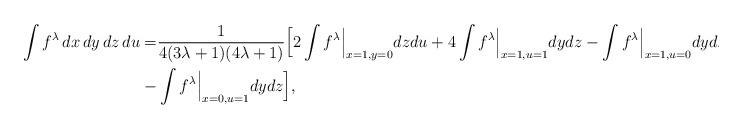
LaTeX: \begin{align*}\int f^\lambda \,dx\,dy\,dz\,du =& \frac{1}{4(3\lambda+1)(4\lambda+1)} \Bigl[ 2\int f^\lambda\Big\vert_{x=1, y=0} dzdu + 4\int f^\lambda\Big\vert_{x=1, u=1} dydz - \int f^\lambda\Big\vert_{x=1, u=0} dydz \\ -& \int f^\lambda\Big\vert_{x=0, u=1} dydz\Bigr],\end{align*}